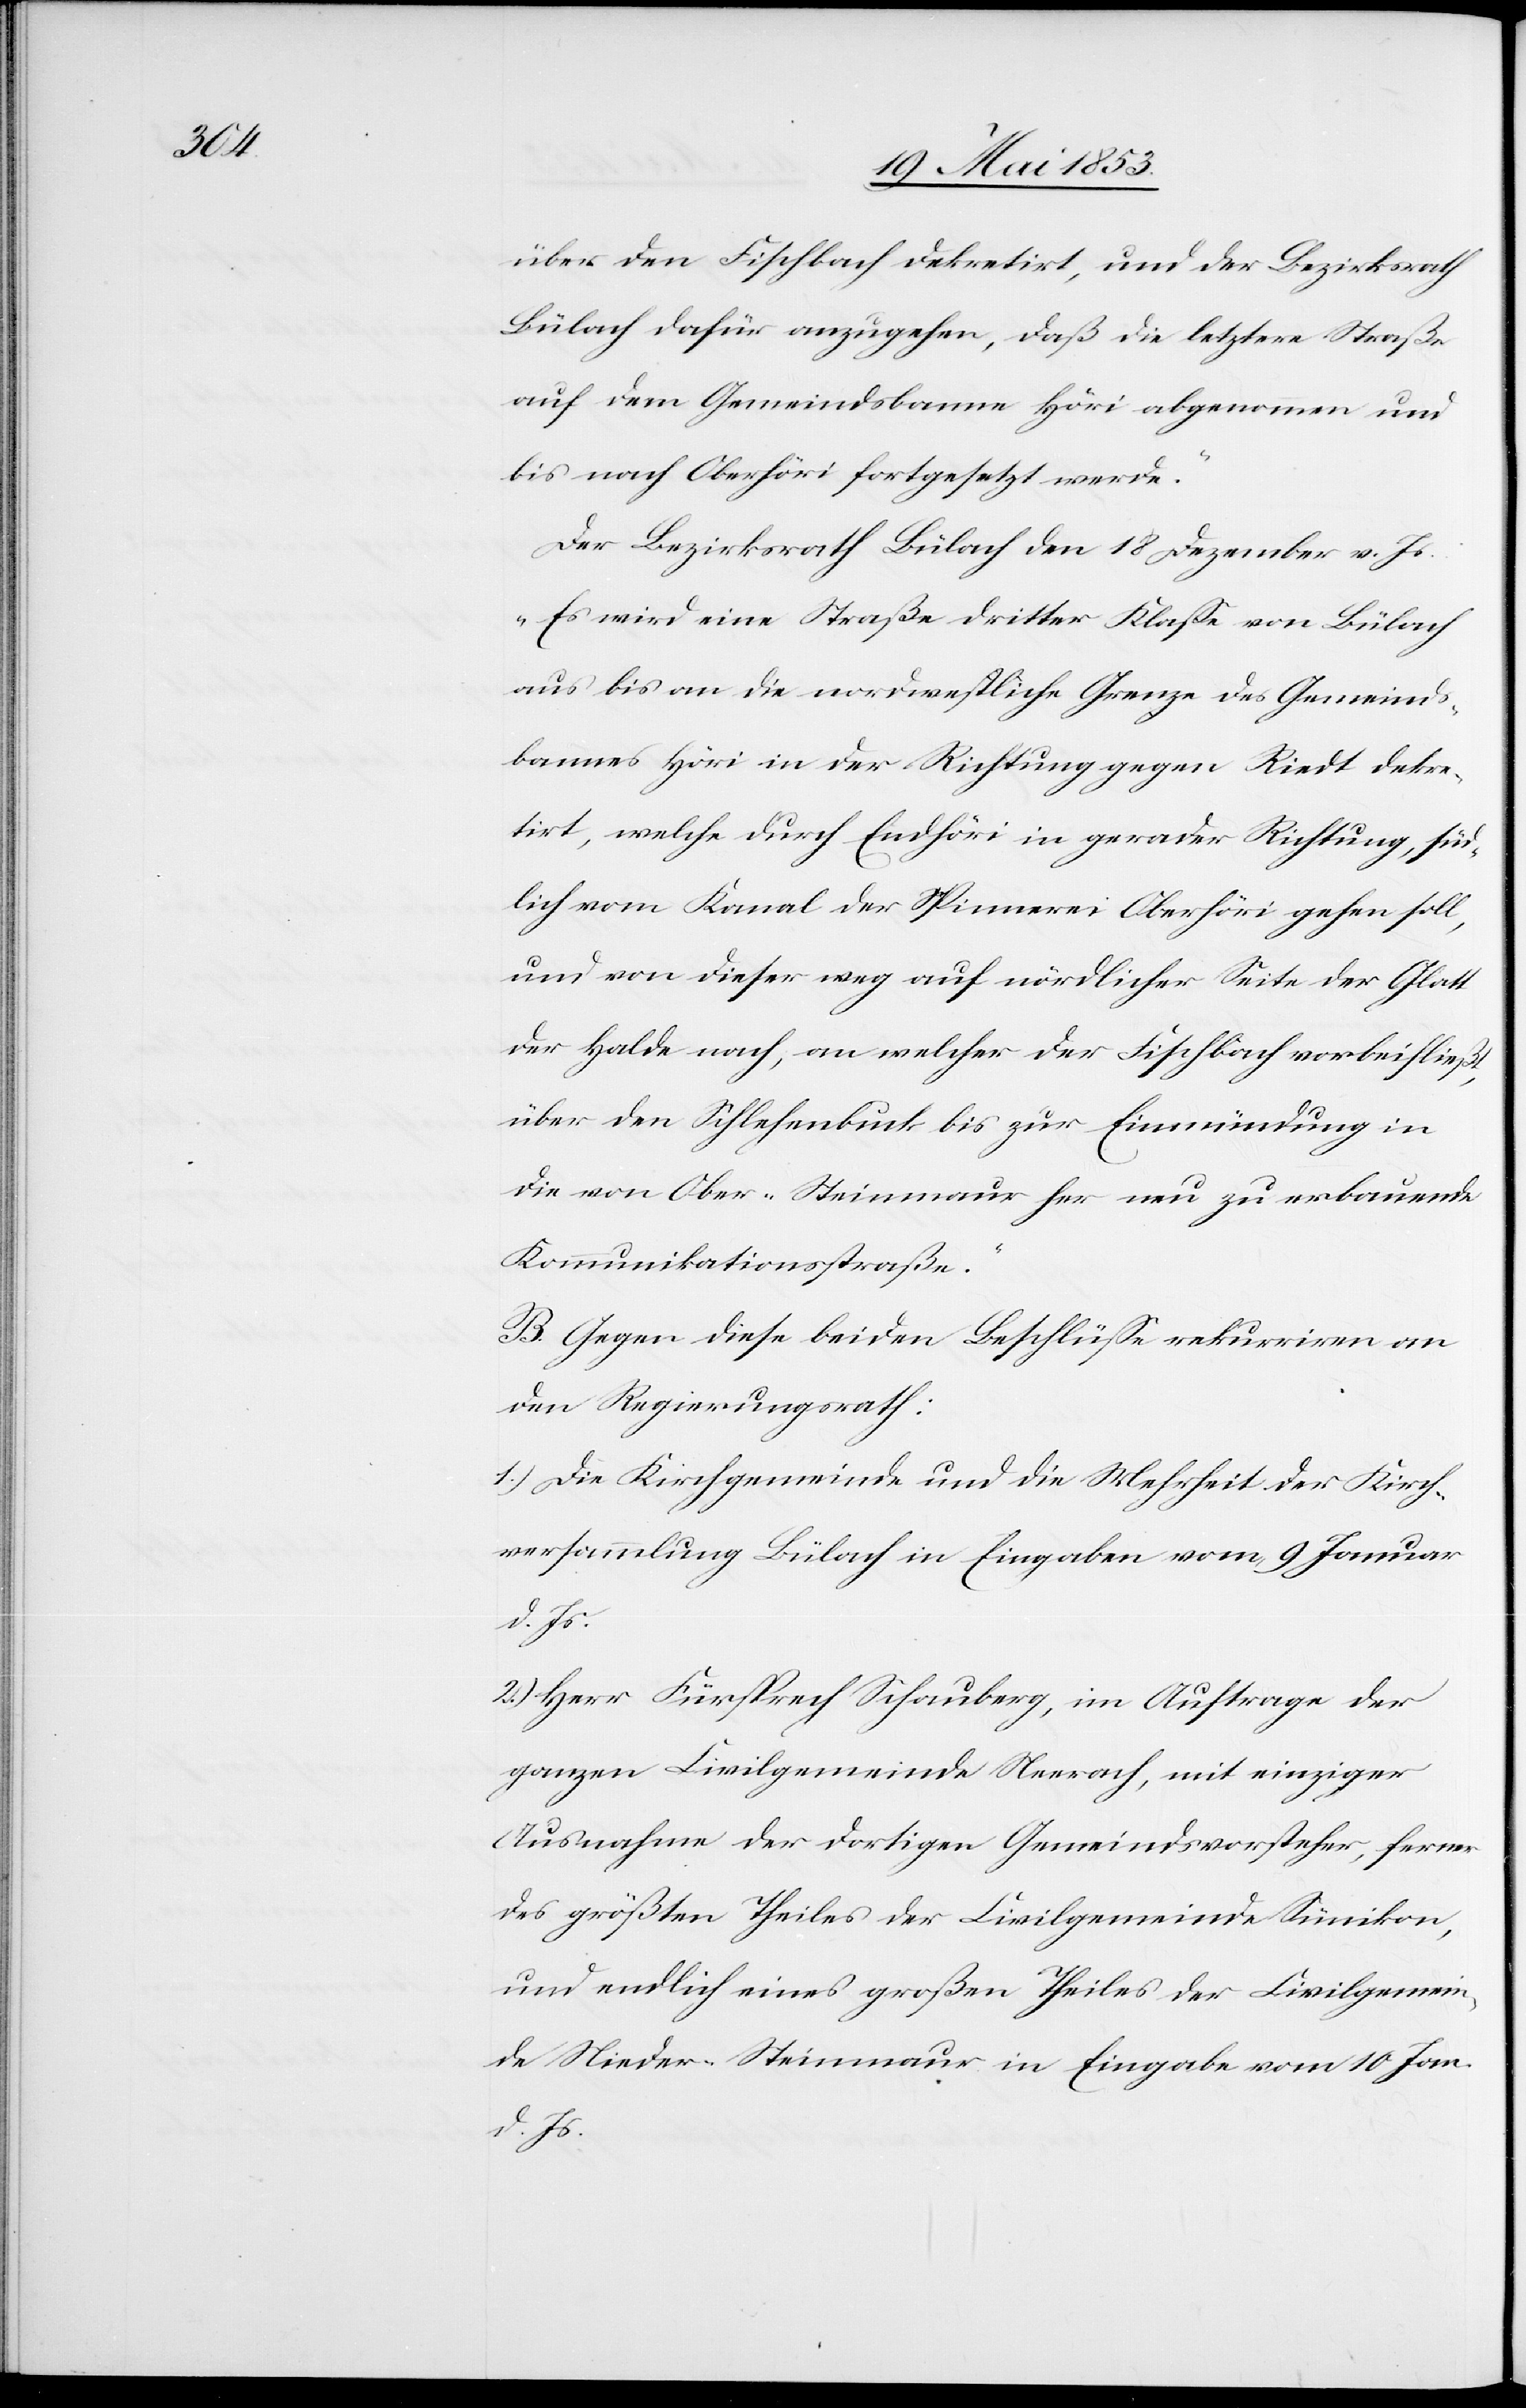
über den Fischbach dekretirt, und der Bezirksrath
Bülach dafür anzugehen, daß die letztere Straße
auf dem Gemeindsbanne Höri abgenommen und
bis nach Oberhöri fortgesetzt werde.“
Der Bezirksrath Bülach den 18 Dezember v. Js.:
„Es wird eine Straße dritter Klaße von Bülach
aus bis an die nordwestliche Grenze des Gemeinds¬
bannes Höri in der Richtung gegen Riedt dekre¬
tirt, welche durch Endhöri in gerader Richtung, süd¬
lich vom Kanal der Spinnerei Oberhöri gehen soll,
und von dieser weg auf nördlicher Seite der Glatt
der Halden nach, an welcher der Fischbach vorbeifließt,
über den Schlehenbuck bis zur Einmündung in
die von Ober-Steinmaur her neu zu erbauende
Kommunikationsstraße.“
B. Gegen diese beiden Beschlüße rekurrire an
den Regierungsrath:
1.) Die Kirchgemeinde und die Mehrheit der Kirch¬
versammlung Bülach in Eingaben vom 9 Januar
d. Js.
2.) Herr Fürsprech Schönberg, im Auftrage der
ganzen Civilgemeinde Neerach, mit einziger
Ausnahme der dortigen Gemeindsvorsteher, ferner
des größten Theils der Civilgemeinde Sümikon,
und endlich eines großen Theiles der Civilgemein¬
de Nieder-Steinmaur in Eingabe vom 10. Jan.
d. Js.